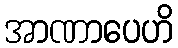
အာဏာပေဟိ